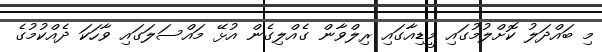
މި ބައްދަލު ކޮށްލުމުގައި މީޑިއާގައި ރިލްވާން ގެއްލިގެން އުޅޭ މައްސަލަގައި ވާހަކަ ދެއްކުމުގެ